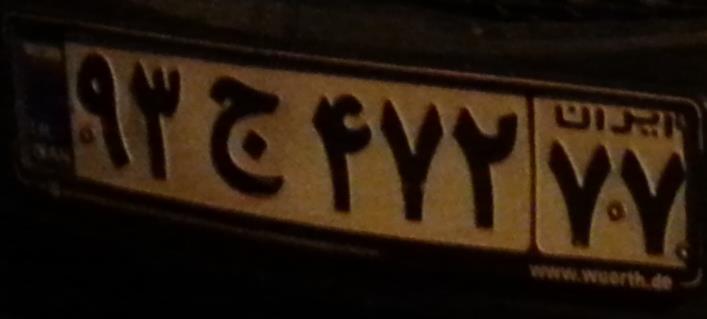
۹۳ج۴۷۲۷۷